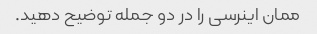
ممان اینرسی را در دو جمله توضیح دهید.